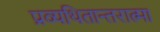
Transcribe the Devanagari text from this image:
प्रव्यथितान्तरात्मा